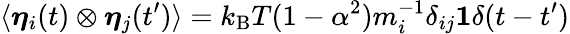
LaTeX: \langle\boldsymbol{\eta}_{i}(t)\otimes\boldsymbol{\eta}_{j}(t^{\prime})\rangle=k_{\mathrm{B}}T(1-\alpha^{2})m_{i}^{-1}\delta_{ij}\mathbf{1}\delta(t-t^{\prime})